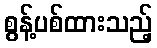
စွန့်ပစ်ထားသည့်